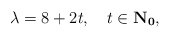
\begin{align*}\lambda = 8+2t, \quad t \in \bf{N}_0,\end{align*}